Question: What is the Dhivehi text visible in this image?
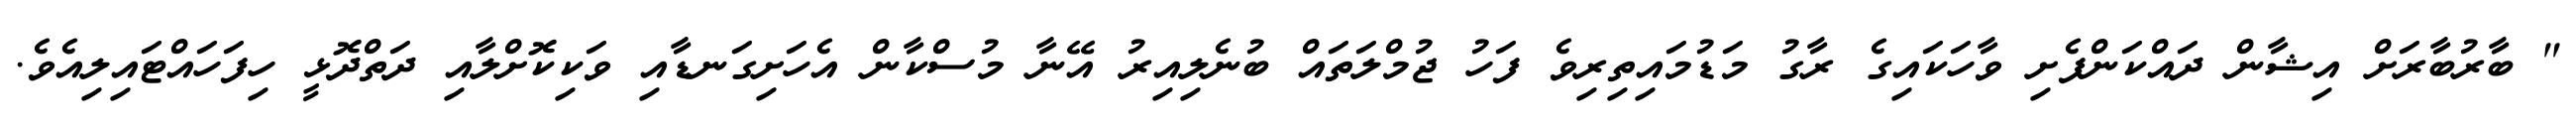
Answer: " ބާރުބާރަށް އިޝާން ދައްކަންފެށި ވާހަކައިގެ ރާގު މަޑުމައިތިރިވެ ފަހު ޖުމްލަތައް ބުނެލިއިރު އޭނާ މުސްކާން އެހަށިގަނޑާއި ވަކިކޮށްލާއި ދަތްދޮޅީ ހިފަހައްޓައިލިއެވެ.